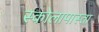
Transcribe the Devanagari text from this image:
स्कोलापास्ता